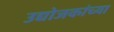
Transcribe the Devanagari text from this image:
उद्योजकांच्या